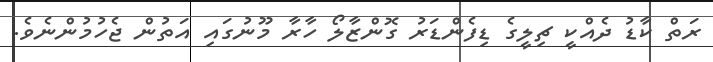
ރަތް ކާޑު ދެއްކީ ޗިލީގެ ޑިފެންޑަރު ގޮންޒާލޯ ހާރާ މޫނުގައި އަތުން ޖެހުމުންނެވެ.